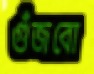
গুঁজবো